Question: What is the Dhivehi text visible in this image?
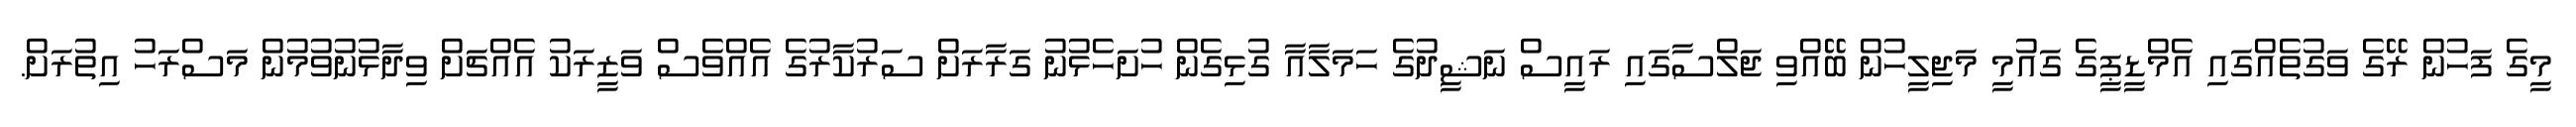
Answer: މީގެ ފަހުން ރޭގެ ވަގުތެއްގައި އެމްޑީޕީގެ ގައުމީ މަޖިލީހުން ބޭއްވި ޖަލްސާގައި ރައީސް ނަޝީދުގެ ހަމަލާއާ ގުޅިގެން ހުށަހެޅުނު ގަރާރަށް ސަރުކާރުގެ އެއްވެސް ވަޒީރަކު އެއްޗަށް ވިދާޅުނުވުމުން މަސްރަހު އިތުރަށް.